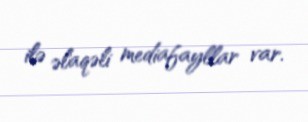
ilə əlaqəli mediafayllar var.